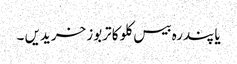
یا پندرہ بیس کلو کا تربوز خریدیں ۔